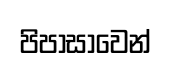
පිපාසාවෙන්